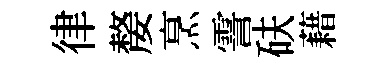
律嫠烹霅砆藉